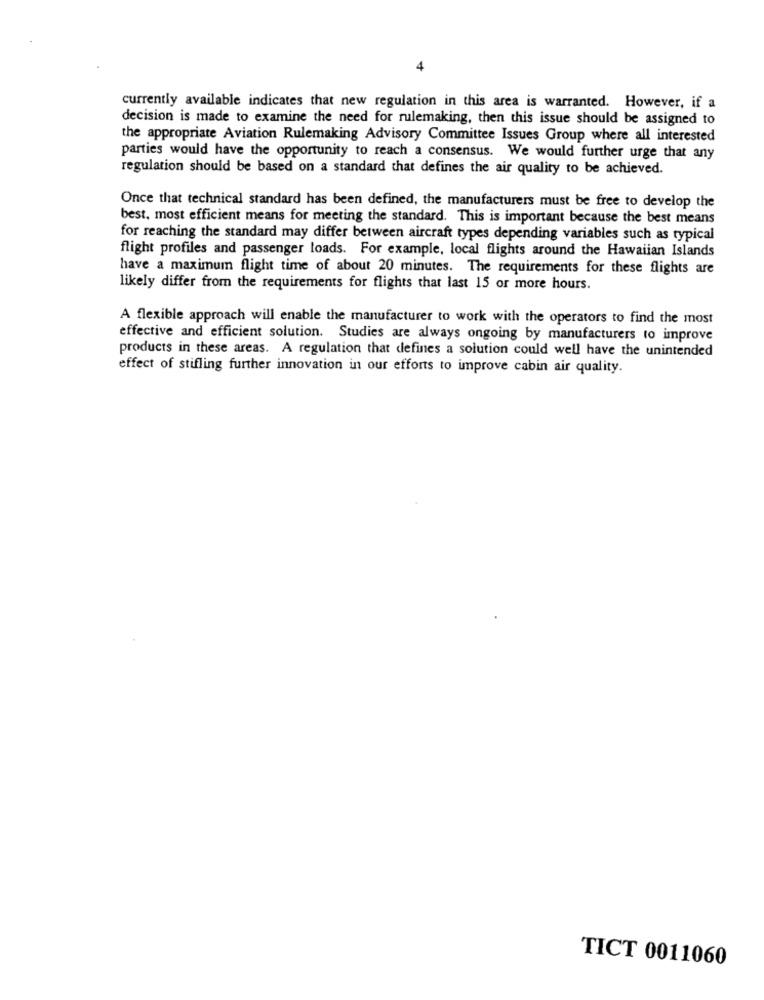
4
currently available indicates that new regulation in this area is warranted. However, if a
decision is made to examine the need for rulemaking, then this issue should be assigned to
the appropriate Aviation Rulemaking Advisory Committee Issues Group where all interested
parties would have the opportunity to reach a consensus. We would further urge that any
regulation should be based on a standard that defines the air quality to be achieved.
Once that technical standard has been defined, the manufacturers must be free to develop the
best, most efficient means for meeting the standard. This is important because the best means
for reaching the standard may differ between aircraft types depending variables such as typical
flight profiles and passenger loads. For example, local flights around the Hawaiian Islands
have a maximum flight time of about 20 minutes. The requirements for these flights are
likely differ from the requirements for flights that last 15 or more hours.
A flexible approach will enable the manufacturer to work with the operators to find the most
effective and efficient solution. Studies are always ongoing by manufacturers to improve
products in these areas. A regulation that defines a solution could well have the unintended
effect of stifling further innovation in our efforts to improve cabin air quality.
TICT 0011060